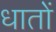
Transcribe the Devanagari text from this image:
धातों